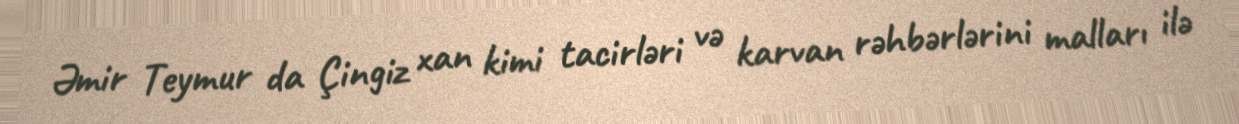
Əmir Teymur da Çingiz xan kimi tacirləri və karvan rəhbərlərini malları ilə